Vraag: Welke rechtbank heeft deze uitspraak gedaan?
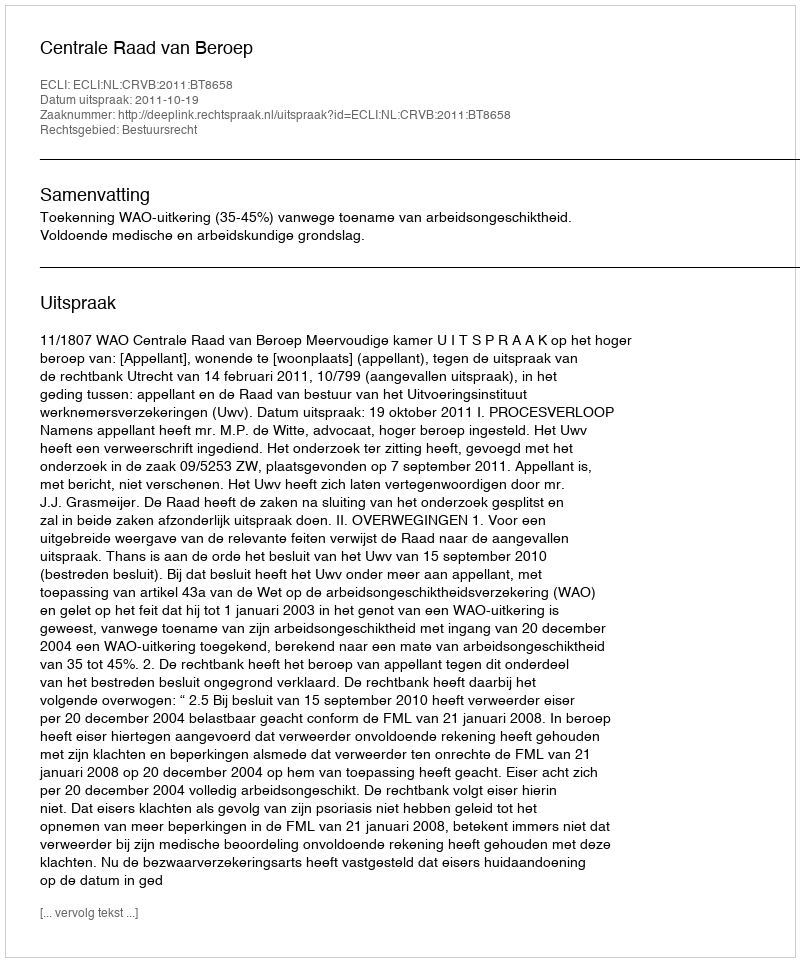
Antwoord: Centrale Raad van Beroep